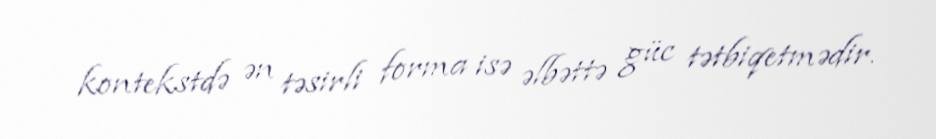
kontekstdə ən təsirli forma isə əlbəttə güc tətbiqetmədir.